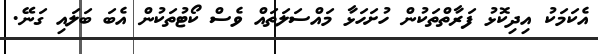
އެކަމަކު އިދިކޮޅު ފަރާތްތަކުން ހުށަހަޅާ މައްސަލަތައް ވެސް ކޯޓުތަކުން އެބަ ބަލައި ގަނޭ.